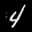
Label: 4